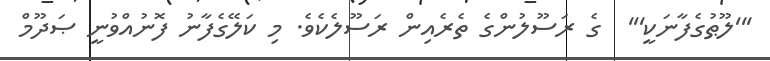
'''ލޫޠުގެފާނަކީ'''  ގެ ރަސޫލުންގެ ތެރެއިން ރަސޫލެކެވެ. މި ކަލޭގެފާނު ފޮނުއްވުނީ ޞަދޫމް